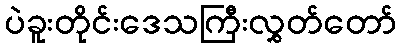
ပဲခူးတိုင်းဒေသကြီးလွှတ်တော်